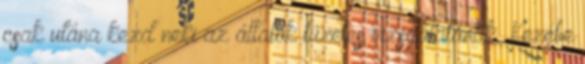
csak utána kezd neki az állatok tüzetes vizsgálatának. Kezébe